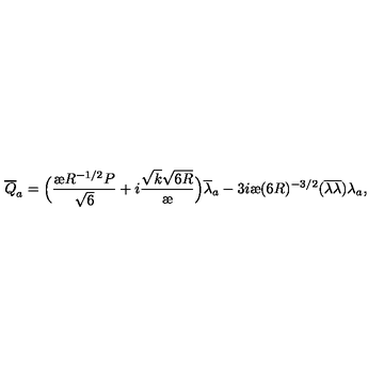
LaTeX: { \overline { { Q } } } _ { a } = \Big ( \frac { { \mathrm { \ae } } R ^ { - 1 / 2 } P } { \sqrt { 6 } } + i \frac { \sqrt { k } \sqrt { 6 R } } { { \mathrm { \ae } } } \Big ) { \overline { { \lambda } } _ { a } } - 3 i { \mathrm { \ae } } ( 6 R ) ^ { - 3 / 2 } ( { \overline { { \lambda } } } { \overline { { \lambda } } } ) \lambda _ { a } ,